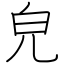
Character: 皃